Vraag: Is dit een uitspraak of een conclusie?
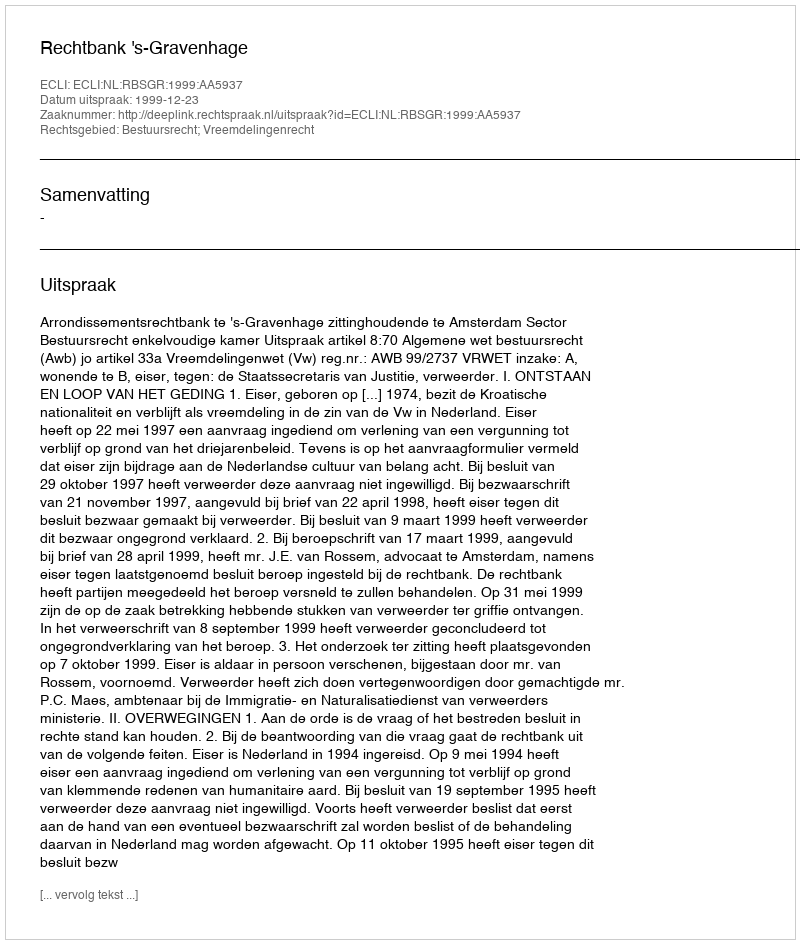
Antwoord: Uitspraak